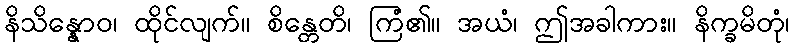
နိသိန္နောဝ၊ ထိုင်လျက်။ စိန္တေတိ၊ ကြံ၏။ အယံ၊ ဤအခါကား။ နိက္ခမိတုံ၊